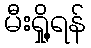
မီးရှို့ရန်